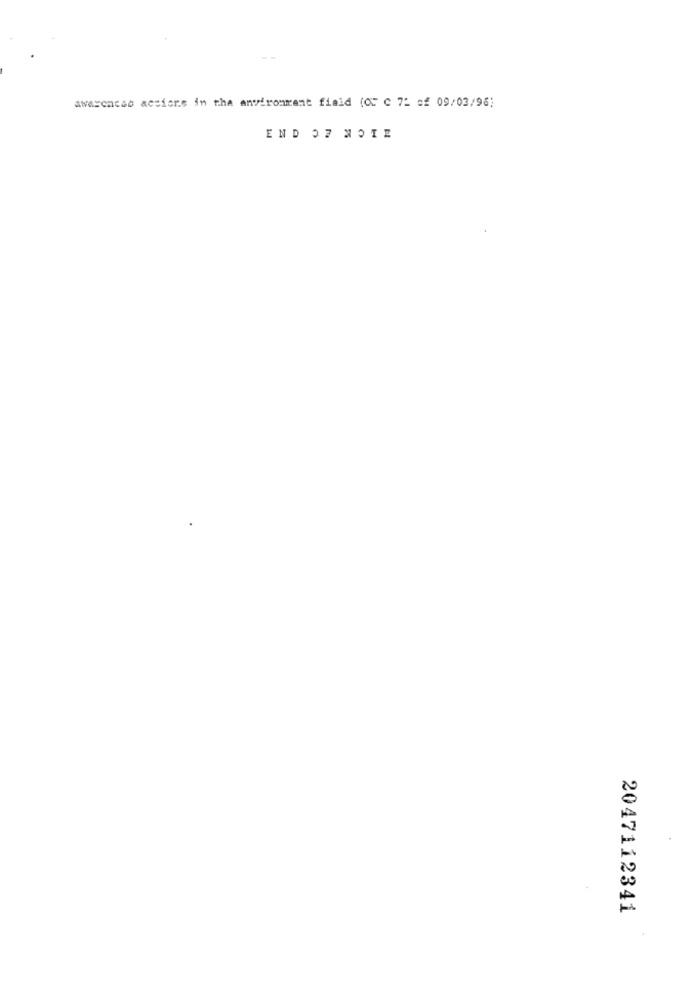
awareness actions in the environment field (OC C 72 of 09/03/96)
END 07 NOIE
2047112341